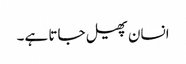
انسان پھیل جاتا ہے۔